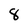
Character: 8